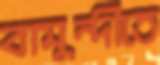
বামুন্দীতে